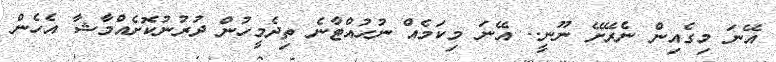
އޭނަ މިގެއިން ނެރޭށޭ ނޫނީ.. އޭނަ މިކަމެއް ނުހުއްޓާނެ ތިދެމީހުން ދުރުނުކޮށެއްމާޝާ އެހެން